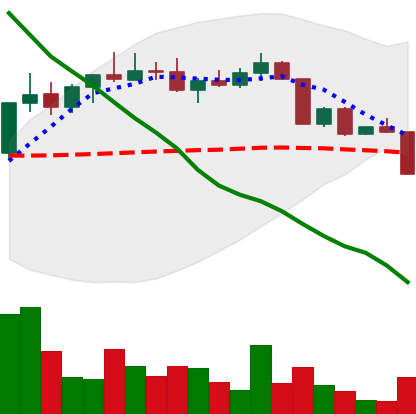
Ticker: ADA-USD
Chart end date: 2022-04-11
Forward return: 3.497%
Label: up_3_5